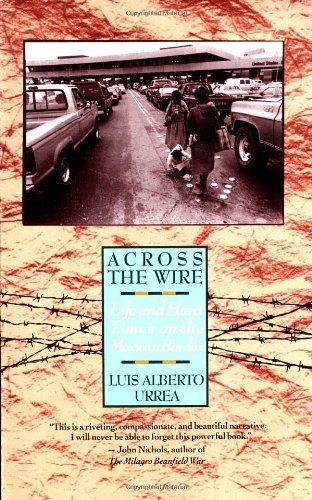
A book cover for Across the Wire: Life and Hard Times on the Mexican Border; Luis Urrea; History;